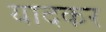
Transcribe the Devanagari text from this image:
यादकर